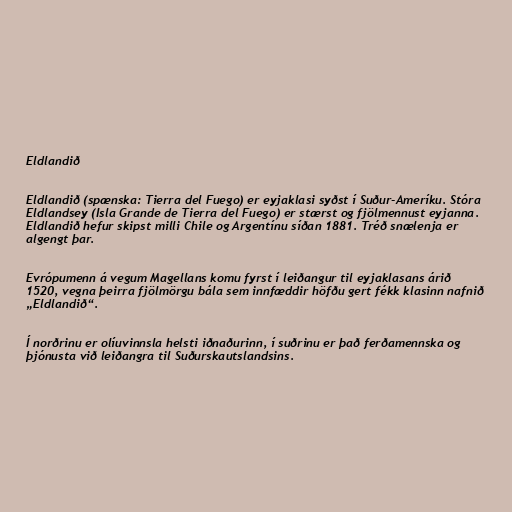
Eldlandið

Eldlandið (spænska: Tierra del Fuego) er eyjaklasi syðst í Suður-Ameríku. Stóra
Eldlandsey (Isla Grande de Tierra del Fuego) er stærst og fjölmennust eyjanna.
Eldlandið hefur skipst milli Chile og Argentínu síðan 1881. Tréð snælenja er
algengt þar.

Evrópumenn á vegum Magellans komu fyrst í leiðangur til eyjaklasans árið
1520, vegna þeirra fjölmörgu bála sem innfæddir höfðu gert fékk klasinn nafnið
„Eldlandið“.

Í norðrinu er olíuvinnsla helsti iðnaðurinn, í suðrinu er það ferðamennska og
þjónusta við leiðangra til Suðurskautslandsins.